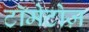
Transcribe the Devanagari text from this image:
टॉमेटोज़